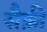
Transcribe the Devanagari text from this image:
सैफ़ी